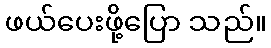
ဖယ်ပေးဖို့ပြော သည်။